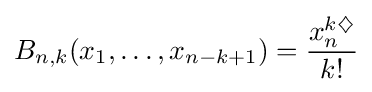
B_{n,k}(x_{1},\dots ,x_{n-k+1})={x_{n}^{k\diamondsuit } \over k!}